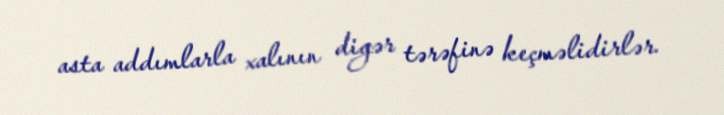
asta addımlarla xalının digər tərəfinə keçməlidirlər.